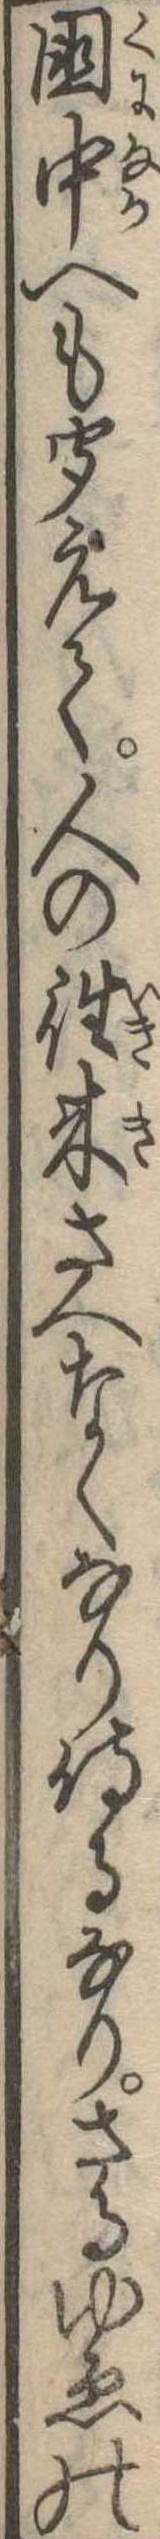
国中へも聞えて人の往来さへなくなり侍るなりさるゆゑの